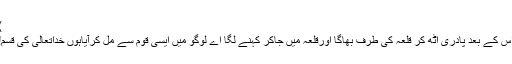
)
اس کے بعد پادری اٹھ کر قلعہ کی طرف بھاگا اورقلعہ میں جاکر کہنے لگا اے لوگو میں ایسی قوم سے مل کرآیاہوں خداتعالیٰ کی قسم!